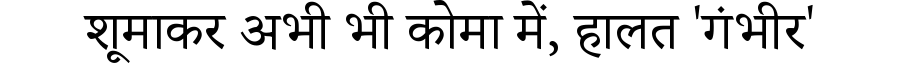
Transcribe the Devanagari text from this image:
शूमाकर अभी भी कोमा में, हालत 'गंभीर'